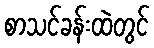
စာသင်ခန်းထဲတွင်